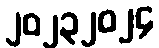
၂၀၂၃၂၀၂၄